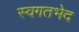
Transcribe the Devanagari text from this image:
स्वगतभेद